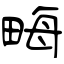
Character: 畮